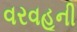
વરવહૂની